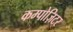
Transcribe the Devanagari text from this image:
कम्पोज़िटर